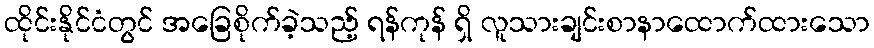
ထိုင်းနိုင်ငံတွင် အခြေစိုက်ခဲ့သည့် ရန်ကုန် ရှိ လူသားချင်းစာနာထောက်ထားသော